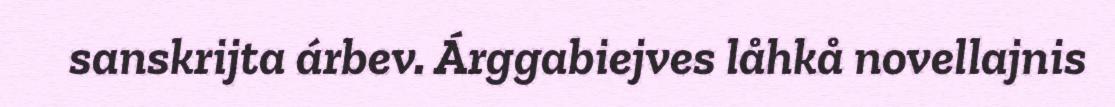
sanskrijta árbev. Árggabiejves låhkå novellajnis